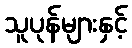
သူပုန်များနှင့်